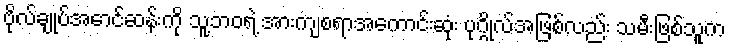
ဗိုလ်ချုပ်အောင်ဆန်းကို သူ့ဘဝရဲ့ အားကျစရာအကောင်းဆုံး ပုဂ္ဂိုလ်အဖြစ်လည်း သမီးဖြစ်သူက